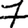
Digit: 7